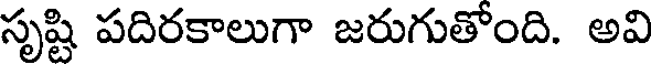
సృష్టి పదిరకాలుగా జరుగుతోంది. అవి